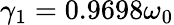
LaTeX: \gamma_{1}=0.9698\omega_{0}